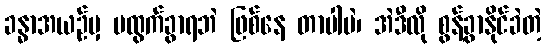
ခန္ဓာအယဉ်မှ မထွက်ခွာရဘဲ ဖြစ်နေ တာပါပဲ၊ အဲဒီလို စွန့်ခွာနိုင်ခဲတဲ့